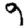
Digit: 9